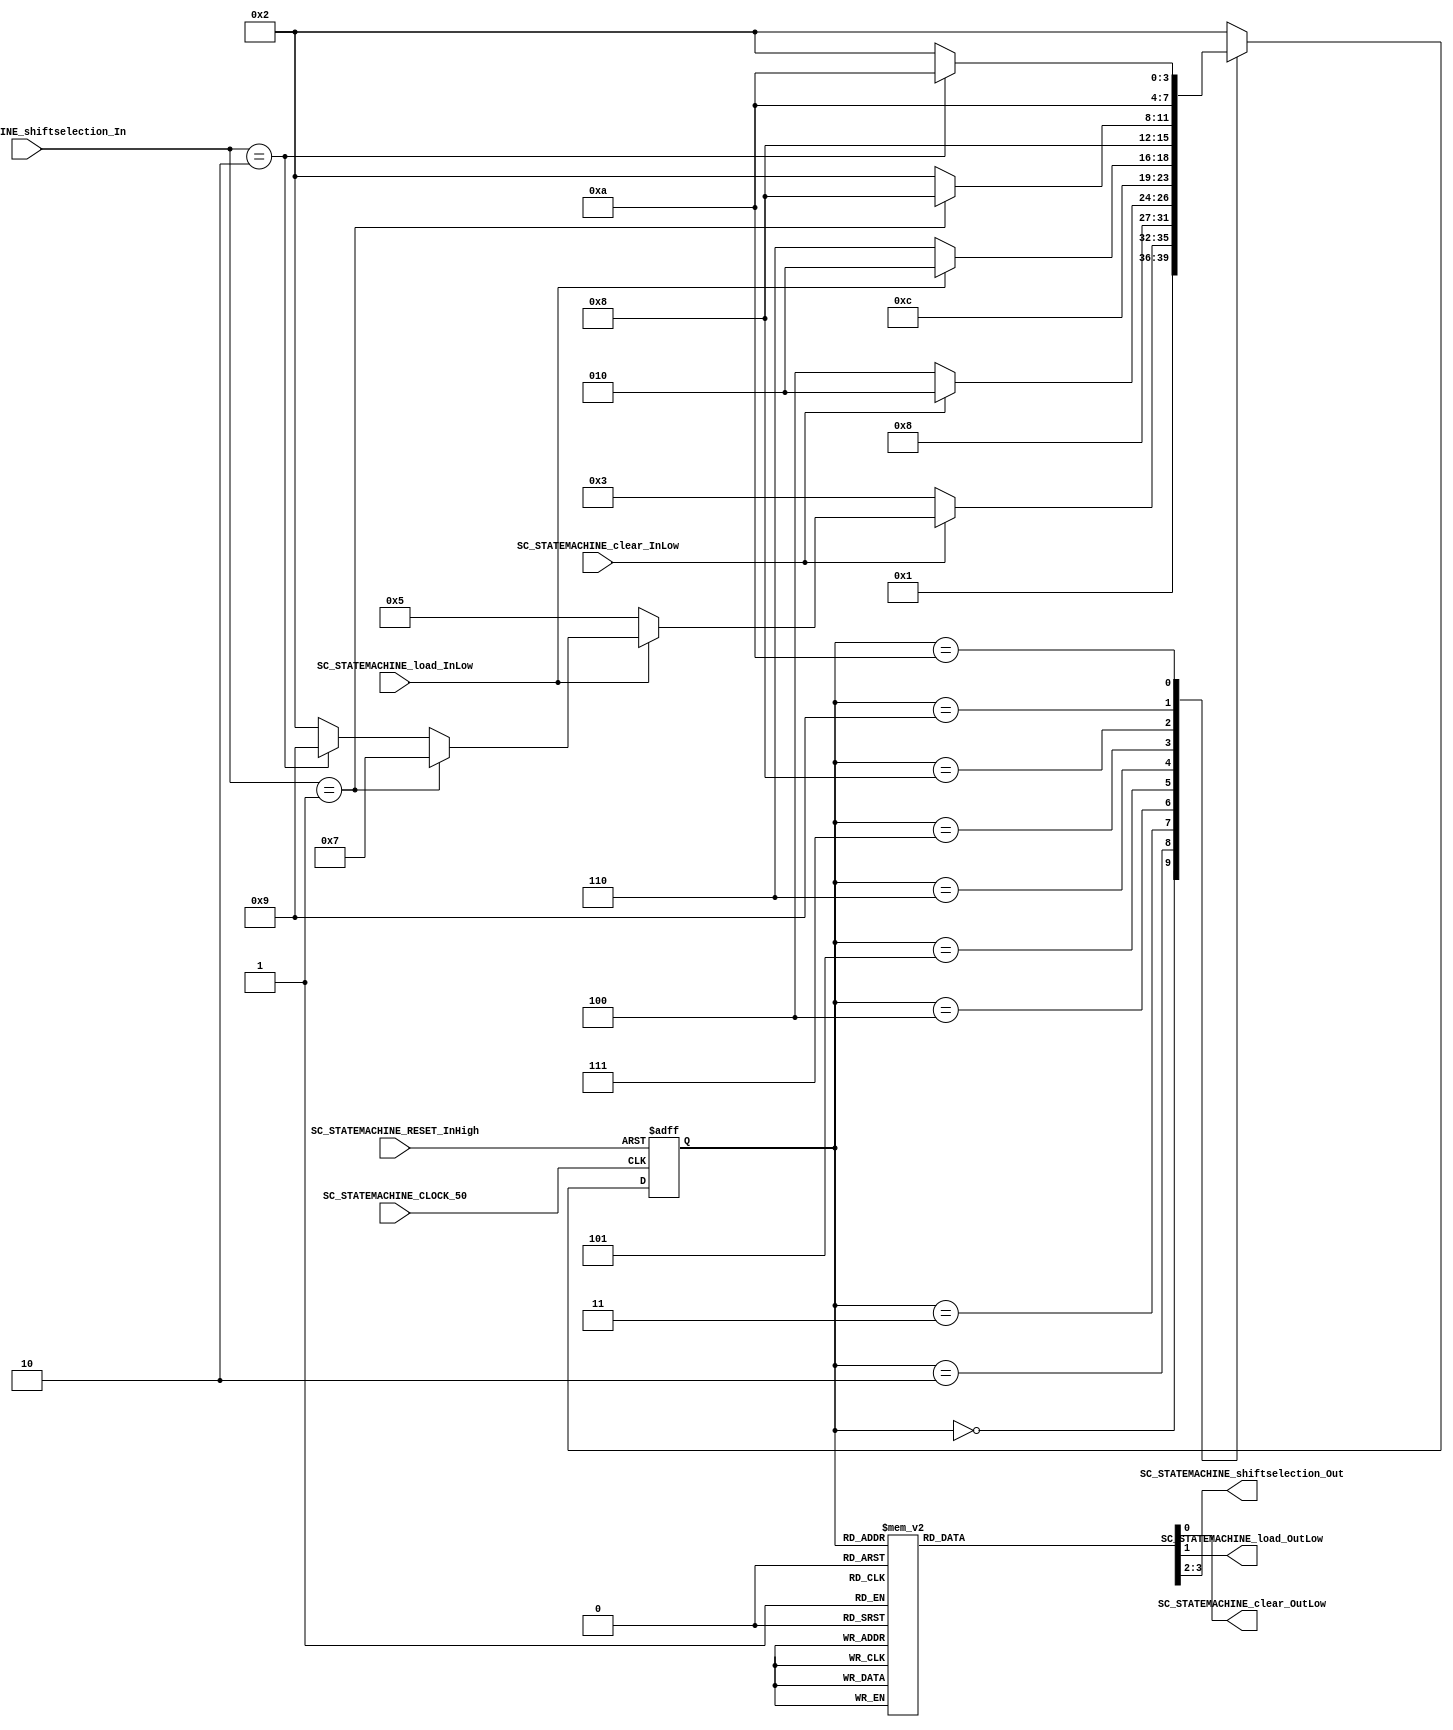
///*######################################################################
//#	G0B1T: HDL EXAMPLES. 2018.
//######################################################################
//# Copyright (C) 2018. F.E.Segura-Quijano (FES) fsegura@uniandes.edu.co
//# 
//# This program is free software: you can redistribute it and/or modify
//# it under the terms of the GNU General Public License as published by
//# the Free Software Foundation, version 3 of the License.
//#
//# This program is distributed in the hope that it will be useful,
//# but WITHOUT ANY WARRANTY; without even the implied warranty of
//# MERCHANTABILITY or FITNESS FOR A PARTICULAR PURPOSE.  See the
//# GNU General Public License for more details.
//#
//# You should have received a copy of the GNU General Public License
//# along with this program.  If not, see <http://www.gnu.org/licenses/>
//####################################################################*/
//=======================================================
//  MODULE Definition
//=======================================================
module SC_STATEMACHINE (
	//////////// OUTPUTS //////////
	SC_STATEMACHINE_clear_OutLow,
	SC_STATEMACHINE_load_OutLow,
	SC_STATEMACHINE_shiftselection_Out,
	//////////// INPUTS //////////
	SC_STATEMACHINE_CLOCK_50,
	SC_STATEMACHINE_RESET_InHigh,
	SC_STATEMACHINE_clear_InLow,
	SC_STATEMACHINE_load_InLow,
	SC_STATEMACHINE_shiftselection_In
);	
//=======================================================
//  PARAMETER declarations
//=======================================================
// states declaration
localparam STATE_RESET_0									= 0;
localparam STATE_START_0									= 1;
localparam STATE_CHECK_0									= 2;
localparam STATE_CLEAR_0									= 3;
localparam STATE_CLEAR_1									= 4;
localparam STATE_LOAD_0										= 5; 
localparam STATE_LOAD_1										= 6; 
localparam STATE_SHIFTR_0									= 7;	
localparam STATE_SHIFTR_1									= 8;	
localparam STATE_SHIFTL_0									= 9;	
localparam STATE_SHIFTL_1									= 10;	
//=======================================================
//  PORT declarations
//=======================================================
output reg		SC_STATEMACHINE_clear_OutLow;
output reg		SC_STATEMACHINE_load_OutLow;
output reg		[1:0] SC_STATEMACHINE_shiftselection_Out;
input			SC_STATEMACHINE_CLOCK_50;
input 			SC_STATEMACHINE_RESET_InHigh;
input			SC_STATEMACHINE_clear_InLow;
input			SC_STATEMACHINE_load_InLow;
input			[1:0] SC_STATEMACHINE_shiftselection_In;
//=======================================================
//  REG/WIRE declarations
//=======================================================
reg [3:0] STATE_Register;
reg [3:0] STATE_Signal;
//=======================================================
//  Structural coding
//=======================================================
//INPUT LOGIC: COMBINATIONAL
// NEXT STATE LOGIC : COMBINATIONAL
always @(*)
begin
	case (STATE_Register)
		STATE_RESET_0: STATE_Signal = STATE_START_0;
		STATE_START_0: STATE_Signal = STATE_CHECK_0;
		STATE_CHECK_0: if (SC_STATEMACHINE_clear_InLow == 1'b0) STATE_Signal = STATE_CLEAR_0;
						else 	if (SC_STATEMACHINE_load_InLow == 1'b0) STATE_Signal = STATE_LOAD_0;
						else if  (SC_STATEMACHINE_shiftselection_In == 2'b01) STATE_Signal = STATE_SHIFTR_0;
						else if  (SC_STATEMACHINE_shiftselection_In == 2'b10) STATE_Signal = STATE_SHIFTL_0;
						else STATE_Signal = STATE_CHECK_0;
		STATE_CLEAR_0: STATE_Signal = STATE_CLEAR_1;
		STATE_CLEAR_1: if (SC_STATEMACHINE_clear_InLow == 1'b0) STATE_Signal = STATE_CLEAR_1;
							else STATE_Signal = STATE_CHECK_0;
		STATE_LOAD_0: 	STATE_Signal = STATE_LOAD_1;
		STATE_LOAD_1: 	if (SC_STATEMACHINE_load_InLow == 1'b0) STATE_Signal = STATE_LOAD_1;
							else STATE_Signal = STATE_CHECK_0;		
		STATE_SHIFTR_0: 	STATE_Signal = STATE_SHIFTR_1;
		STATE_SHIFTR_1: 	if (SC_STATEMACHINE_shiftselection_In == 2'b01) STATE_Signal = STATE_SHIFTR_1;
							else STATE_Signal = STATE_CHECK_0;		
		STATE_SHIFTL_0:  STATE_Signal = STATE_SHIFTL_1;
		STATE_SHIFTL_1:  if (SC_STATEMACHINE_shiftselection_In == 2'b10) STATE_Signal = STATE_SHIFTL_1; 
							else STATE_Signal = STATE_CHECK_0;	
		default : 		STATE_Signal = STATE_CHECK_0;
	endcase
end
// STATE REGISTER : SEQUENTIAL
always @ ( posedge SC_STATEMACHINE_CLOCK_50 , posedge SC_STATEMACHINE_RESET_InHigh)
begin
	if (SC_STATEMACHINE_RESET_InHigh == 1'b1)
		STATE_Register <= STATE_RESET_0;
	else
		STATE_Register <= STATE_Signal;
end
//=======================================================
//  Outputs
//=======================================================
// OUTPUT LOGIC : COMBINATIONAL
always @ (*)
begin
	case (STATE_Register)
//=========================================================
// STATE_RESET
//=========================================================
	STATE_RESET_0 :	
		begin
			SC_STATEMACHINE_clear_OutLow = 1'b1;
			SC_STATEMACHINE_load_OutLow = 1'b1;
			SC_STATEMACHINE_shiftselection_Out  = 2'b11; 
		end
//=========================================================
// STATE_START
//=========================================================
	STATE_START_0 :	
		begin
			SC_STATEMACHINE_clear_OutLow = 1'b1;
			SC_STATEMACHINE_load_OutLow = 1'b1;
			SC_STATEMACHINE_shiftselection_Out  = 2'b11; 
		end
//=========================================================
// STATE_CHECK
//=========================================================
	STATE_CHECK_0 :
		begin
			SC_STATEMACHINE_clear_OutLow = 1'b1;
			SC_STATEMACHINE_load_OutLow = 1'b1;
			SC_STATEMACHINE_shiftselection_Out  = 2'b11; 
		end
//=========================================================
// STATE_CLEAR_0
//=========================================================
	STATE_CLEAR_0 :	
		begin
			SC_STATEMACHINE_clear_OutLow = 1'b0;  //-
			SC_STATEMACHINE_load_OutLow = 1'b1;
			SC_STATEMACHINE_shiftselection_Out  = 2'b11; 
		end
//=========================================================
// STATE_CLEAR_1
//=========================================================
	STATE_CLEAR_1 :	
		begin
			SC_STATEMACHINE_clear_OutLow = 1'b1; 
			SC_STATEMACHINE_load_OutLow = 1'b1;
			SC_STATEMACHINE_shiftselection_Out  = 2'b11; 
		end
//=========================================================
// STATE_LOAD_0
//=========================================================
	STATE_LOAD_0 :
		begin
			SC_STATEMACHINE_clear_OutLow = 1'b1;
			SC_STATEMACHINE_load_OutLow = 1'b0; //-  
			SC_STATEMACHINE_shiftselection_Out  = 2'b11; 
		end
//=========================================================
// STATE_LOAD_1
//=========================================================
	STATE_LOAD_1 :
		begin
			SC_STATEMACHINE_clear_OutLow = 1'b1;
			SC_STATEMACHINE_load_OutLow = 1'b1; 
			SC_STATEMACHINE_shiftselection_Out  = 2'b11; 
		end
//=========================================================
// STATE_SHIFTR_0
//=========================================================
	STATE_SHIFTR_0 :
		begin
			SC_STATEMACHINE_clear_OutLow = 1'b1;
			SC_STATEMACHINE_load_OutLow = 1'b1;  
			SC_STATEMACHINE_shiftselection_Out  = 2'b01;  //-
		end
//=========================================================
// STATE_SHIFTR_1
//=========================================================
	STATE_SHIFTR_1 :
		begin
			SC_STATEMACHINE_clear_OutLow = 1'b1;
			SC_STATEMACHINE_load_OutLow = 1'b1; 
			SC_STATEMACHINE_shiftselection_Out  = 2'b11;   
		end
//=========================================================
// STATE_SHIFTL_0
//=========================================================
	STATE_SHIFTL_0 :
		begin
			SC_STATEMACHINE_clear_OutLow = 1'b1;
			SC_STATEMACHINE_load_OutLow = 1'b1;  
			SC_STATEMACHINE_shiftselection_Out  = 2'b10;  //-
		end
//=========================================================
// STATE_SHIFTL_1
//=========================================================
	STATE_SHIFTL_1 :
		begin
			SC_STATEMACHINE_clear_OutLow = 1'b1;
			SC_STATEMACHINE_load_OutLow = 1'b1; 
			SC_STATEMACHINE_shiftselection_Out  = 2'b11;   
		end
//=========================================================
// DEFAULT
//=========================================================
	default :
		begin
			SC_STATEMACHINE_clear_OutLow = 1'b1;
			SC_STATEMACHINE_load_OutLow = 1'b0; 
			SC_STATEMACHINE_shiftselection_Out  = 2'b11;   
		end
	endcase
end
endmodule